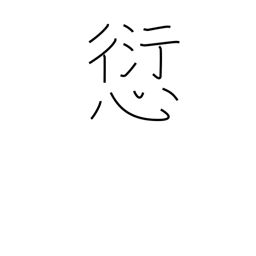
Meaning: offence